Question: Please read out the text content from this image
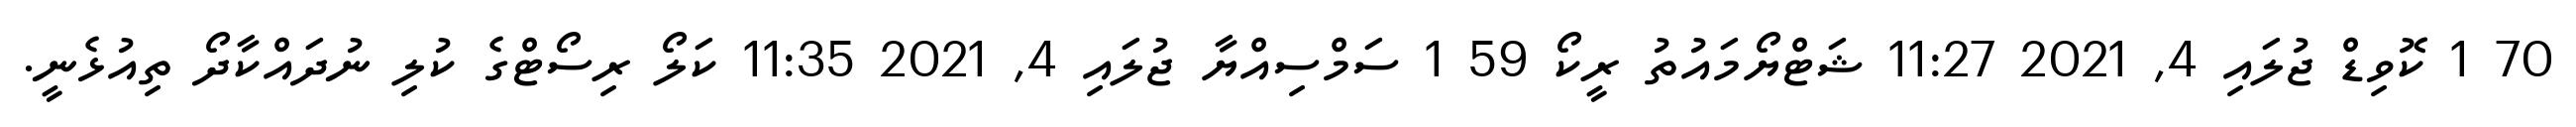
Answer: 70 1 ކޮވިޑް ޖުލައި 4, 2021 11:27 ޝަޓްޔޯމައުތު ރީކޯ 59 1 ސަމްސިއްޔާ ޖުލައި 4, 2021 11:35 ކަލޯ ރިސޯޓްގެ ކުލި ނުދައްކާދޯ ތިއުޅެނީ.